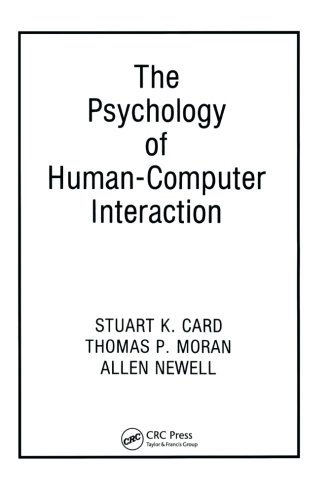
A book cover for The Psychology of Human-Computer Interaction; Stuart K. Card; Computers & Technology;